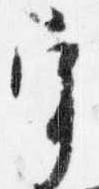
宰